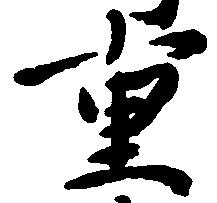
重